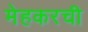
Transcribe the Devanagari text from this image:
मेहकरची